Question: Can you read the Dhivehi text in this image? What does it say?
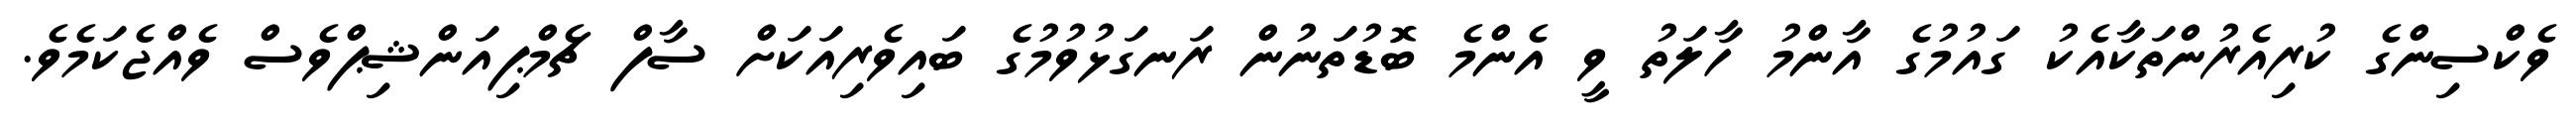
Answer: ވެކްސިންގެ ކުރިއެރުންތަކާއެކު ގައުމުގެ އާންމު ހާލަތު ވީ އެންމެ ބޮޑުތަނުން ރަނގަޅުވުމުގެ ބައިވެރިއަކަށް ސާފް ޗެމްޕިއަންޝިޕްވެސް ވެއްޖެކަމެވެ.